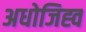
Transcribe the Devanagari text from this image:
अधोजिह्व